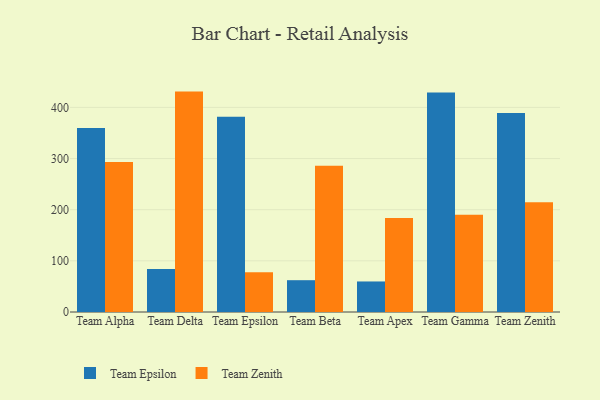
{"axis": {"x": "Team", "y": "Website Visitors"}, "legend": ["Team Epsilon", "Team Zenith"], "data": [{"x": "Team Alpha", "y": 359.8, "type": "Team Epsilon"}, {"x": "Team Alpha", "y": 293.4, "type": "Team Zenith"}, {"x": "Team Delta", "y": 84.1, "type": "Team Epsilon"}, {"x": "Team Delta", "y": 430.9, "type": "Team Zenith"}, {"x": "Team Epsilon", "y": 381.5, "type": "Team Epsilon"}, {"x": "Team Epsilon", "y": 77.7, "type": "Team Zenith"}, {"x": "Team Beta", "y": 62.2, "type": "Team Epsilon"}, {"x": "Team Beta", "y": 286.0, "type": "Team Zenith"}, {"x": "Team Apex", "y": 59.7, "type": "Team Epsilon"}, {"x": "Team Apex", "y": 183.8, "type": "Team Zenith"}, {"x": "Team Gamma", "y": 429.0, "type": "Team Epsilon"}, {"x": "Team Gamma", "y": 190.0, "type": "Team Zenith"}, {"x": "Team Zenith", "y": 389.2, "type": "Team Epsilon"}, {"x": "Team Zenith", "y": 214.7, "type": "Team Zenith"}]}